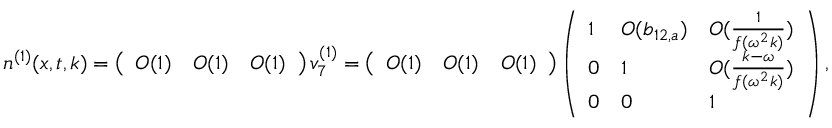
\begin{array} { r } { n ^ { ( 1 ) } ( x , t , k ) = \left( \begin{array} { l l l } { O ( 1 ) } & { O ( 1 ) } & { O ( 1 ) } \end{array} \right) v _ { 7 } ^ { ( 1 ) } = \left( \begin{array} { l l l } { O ( 1 ) } & { O ( 1 ) } & { O ( 1 ) } \end{array} \right) \left( \begin{array} { l l l } { 1 } & { O ( b _ { 1 2 , a } ) } & { O ( \frac { 1 } { f ( \omega ^ { 2 } k ) } ) } \\ { 0 } & { 1 } & { O ( \frac { k - \omega } { f ( \omega ^ { 2 } k ) } ) } \\ { 0 } & { 0 } & { 1 } \end{array} \right) , } \end{array}